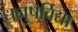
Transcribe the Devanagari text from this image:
धनुषर्विद्या